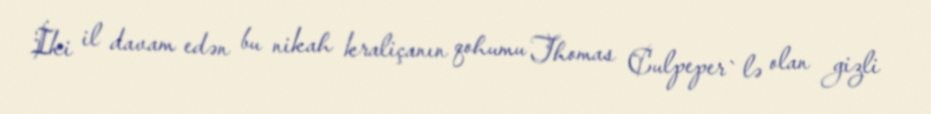
İki il davam edən bu nikah kraliçanın qohumu Thomas Culpeper`lə olan gizli